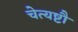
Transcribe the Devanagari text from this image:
चेत्यष्टौ